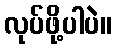
လုပ်ဖို့ပါပဲ။